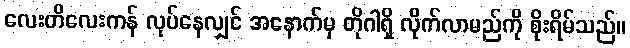
လေးတိလေးကန် လုပ်နေလျှင် အနောက်မှ တိုဂါရှိ လိုက်လာမည်ကို စိုးရိမ်သည်။